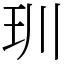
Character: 玔